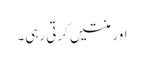
اور منتیں کرتی رہی۔